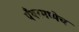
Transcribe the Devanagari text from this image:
पँथरमध्येच